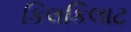
કિલકિલાટ